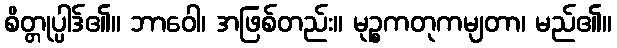
စိတ္တုပ္ပါဒ်၏။ ဘာဝေါ၊ အဖြစ်တည်း။ မုဉ္စကတုကမျတာ၊ မည်၏။